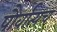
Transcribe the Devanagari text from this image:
पौर्वात्यच